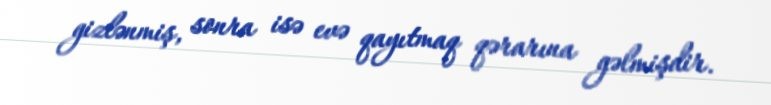
gizlənmiş, sonra isə evə qayıtmaq qərarına gəlmişdir.